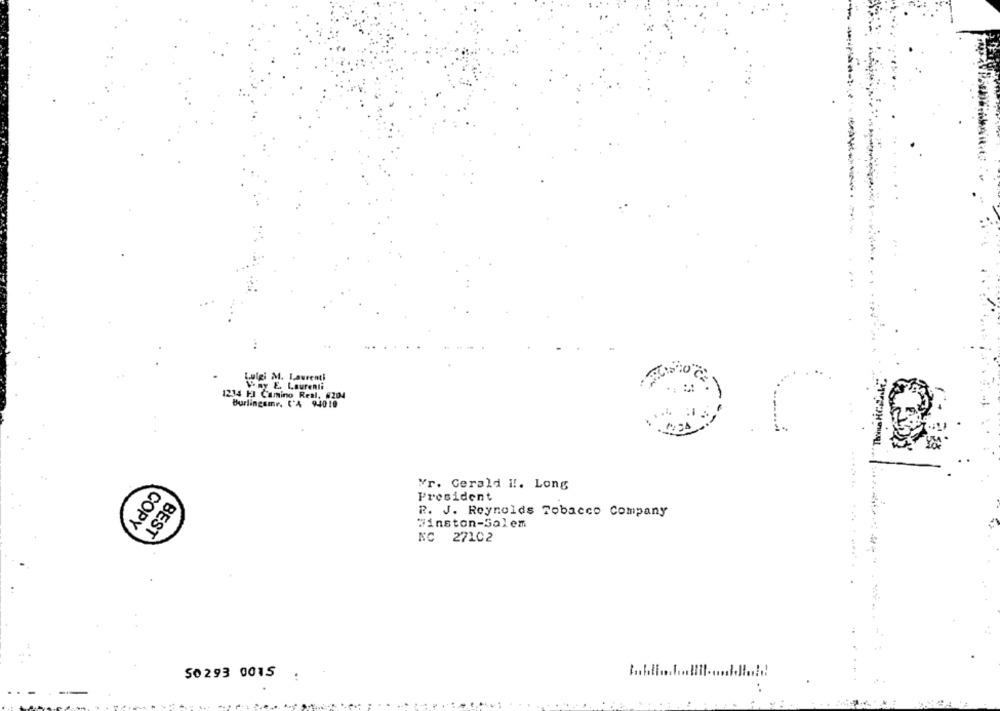
Luigi M. Laurenti
Vony E. Laurenti
1234 FJ Camino Real, 9204
Burlingame, C'A 94010
¥r. Gerald !!. Long
President
R. J. Reynolds Tobacco Company
COPY
Winston-Salem
BEST
NC 27102
50 293 0015